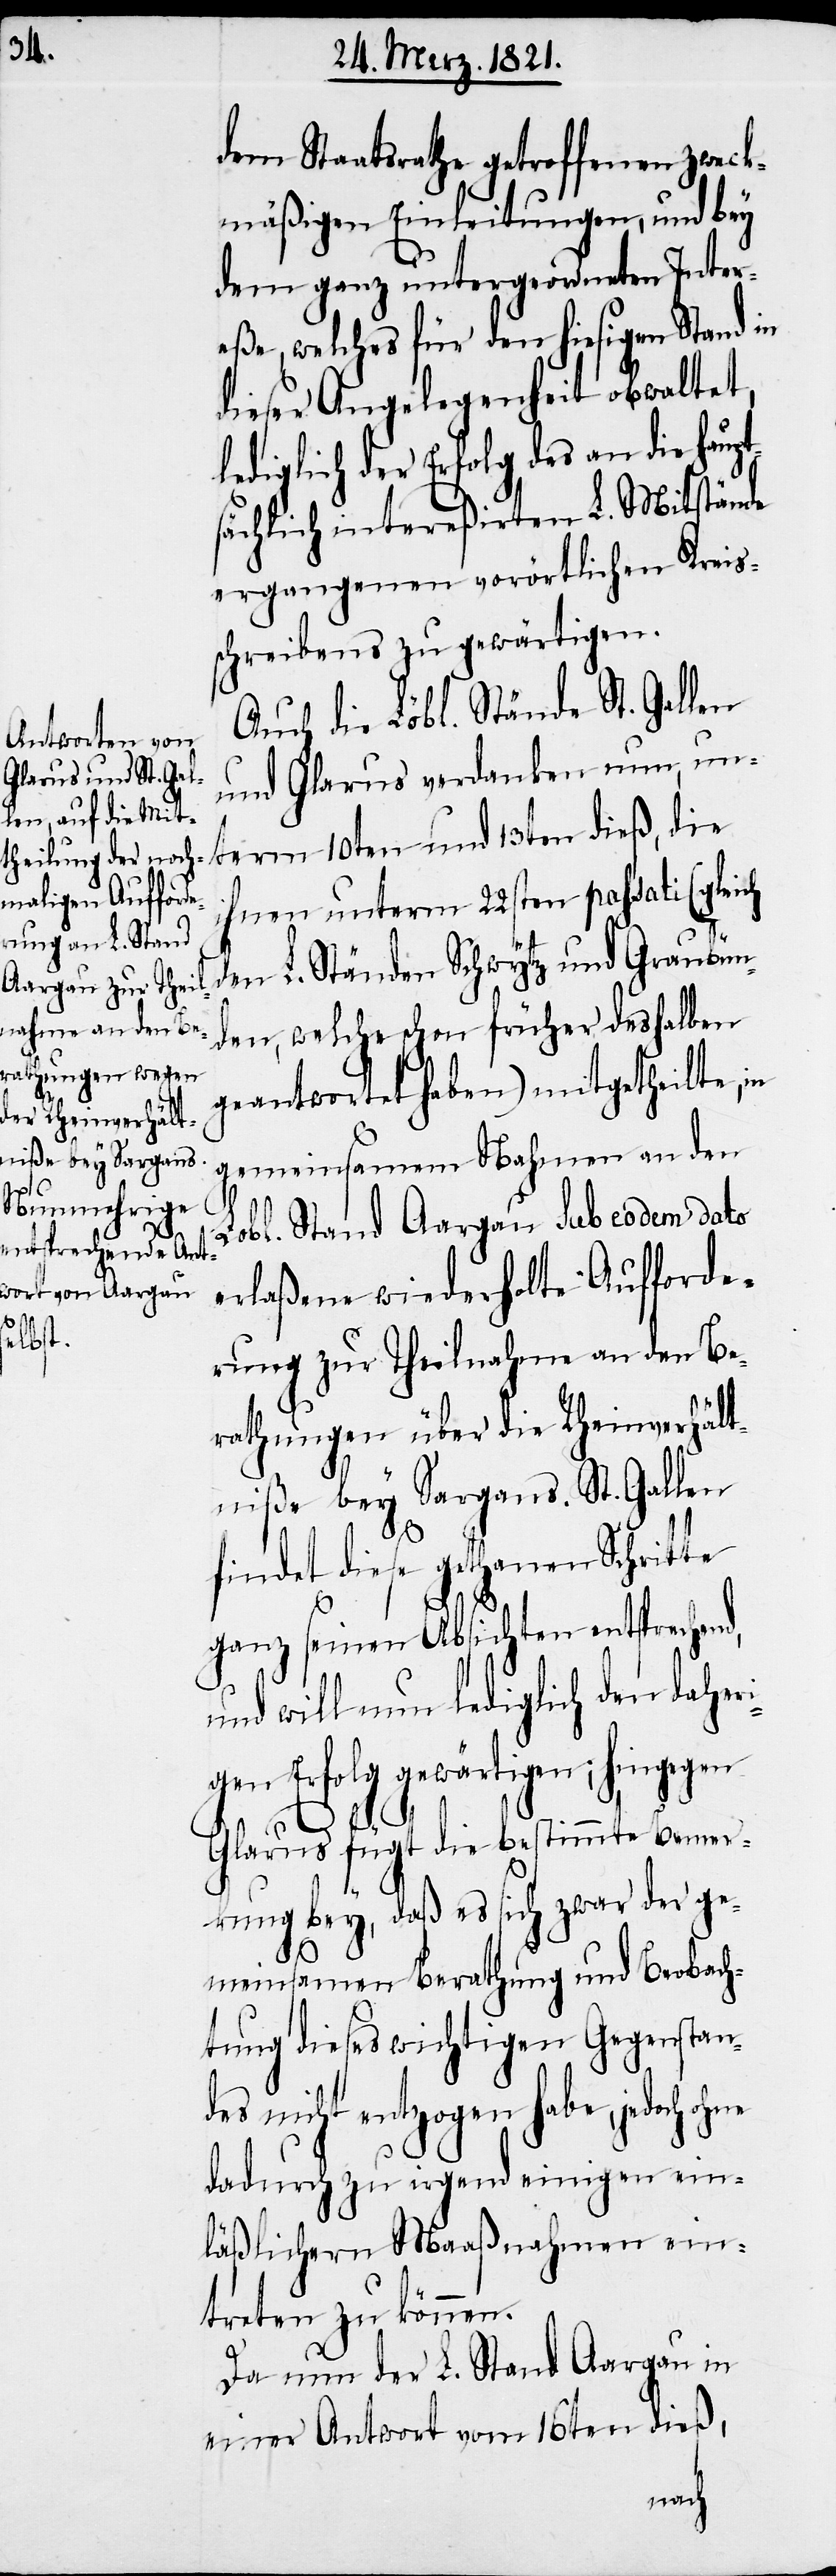
dem Staatsrathe getroffenen zweck¬
mäßigen Einleitungen, und bey
dem ganz untergeordneten Inter¬
eße, welches für den hiesigen Stand in
dieser Angelegenheit obwaltet,
ediglich der Erfolg des an die haupt¬
sächlich intereßirten L. Mitstände
ergangenen vorörtlichen Kreis¬
schreibens zu gewärtigen.
Auch die Löbl. Stände St. Gallen
und Glarus verdanken nun, un¬
term 10ten und 13ten dieß, die
ihnen unterm 22sten passati (gleich
den, welche schon früher deshalben
geantwortet haben) mitgetheilte, in
gemeinsamem Nahmen an den
n¬
und Graubü¬
Lobl. Stand Aargau sub eodem dato
erlaßene wiederholte Aufforde¬
rung zur Theilnahme an den Be¬
rathungen über die Rheinverhält¬
niße bey Sargans. St. Gallen
findet diese gethanen Schritte
ganz seinen Absichten entsprechend,
und will nun lediglich den daheri¬
gen Erfolg gewärtigen; hingegen
Glarus fügt die bestimmte Bemer¬
kung bey, daß es sich zwar der ge¬
meinsamen Berathung und Beobach¬
tung dieses wichtigen Gegenstan¬
des nicht entzogen habe, jedoch
dadurch zu irgend einigen ein¬
läßlichen Maaßnahmen ein¬
treten zu können.
Da nun der L. Stand Aargau in
einer Antwort vom 16ten dieß,